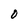
Character: O